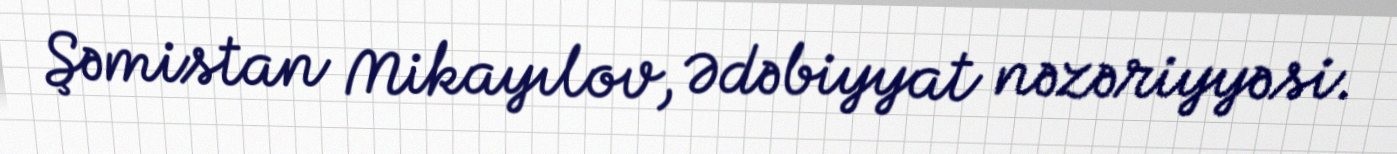
Şəmistan Mikayılov, Ədəbiyyat nəzəriyyəsi.